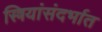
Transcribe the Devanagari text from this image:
स्त्रियांसंदर्भात